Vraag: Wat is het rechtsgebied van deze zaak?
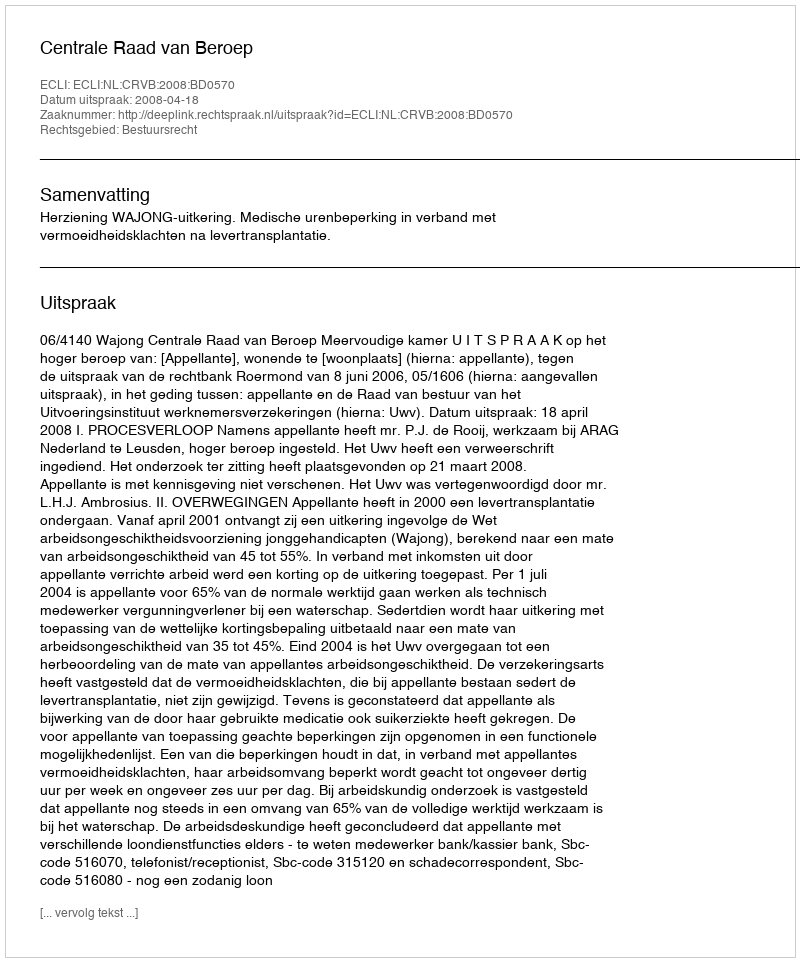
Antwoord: Bestuursrecht